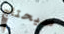
سيحتاج